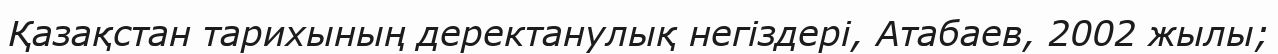
Қазақстан тарихының деректанулық негіздері, Атабаев, 2002 жылы;